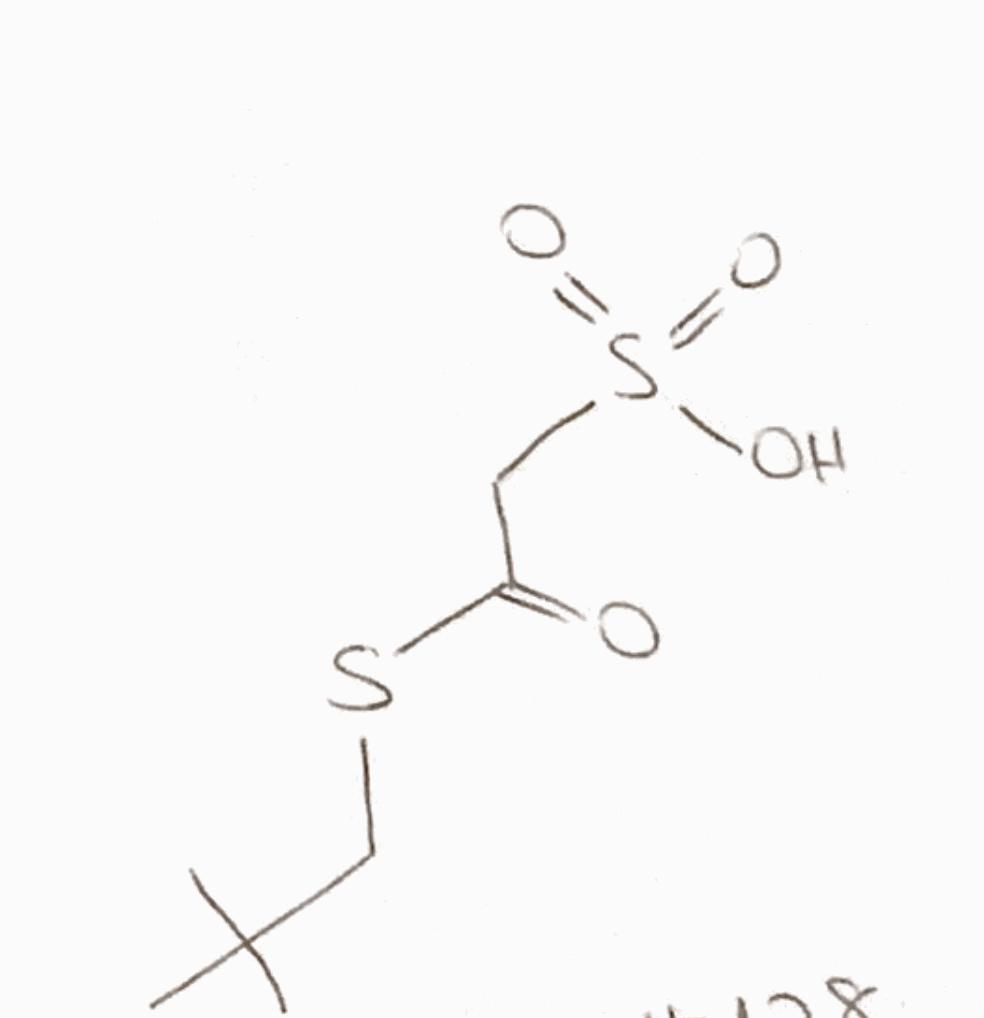
Simplified molecular-input line-entry system (SMILES) notation of the given molecule:
CC(C)(C)CSC(=O)CS(=O)(=O)O